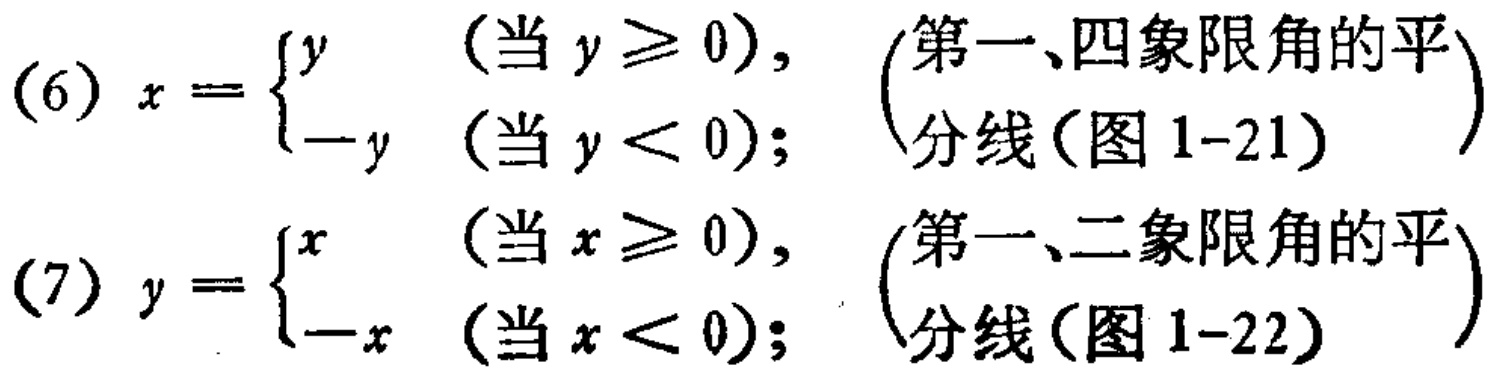
(6) \(x = \begin{cases}y & (\text{当 } y \geq 0), \\ -y & (\text{当 } y < 0); \end{cases}\) （第一、四象限角的平分线(图1-21)）
(7) \(y = \begin{cases}x & (\text{当 } x \geq 0), \\ -x & (\text{当 } x < 0); \end{cases}\) （第一、二象限角的平分线(图1-22)）